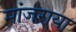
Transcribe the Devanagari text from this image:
मांजराया